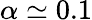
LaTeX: \alpha\simeq 0.1